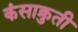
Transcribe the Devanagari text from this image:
कंसाक्रुती